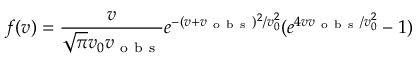
f ( v ) = \frac { v } { \sqrt { \pi } v _ { 0 } v _ { \mathrm { ~ o ~ b ~ s ~ } } } e ^ { - ( v + v _ { \mathrm { ~ o ~ b ~ s ~ } } ) ^ { 2 } / v _ { 0 } ^ { 2 } } ( e ^ { 4 v v _ { \mathrm { ~ o ~ b ~ s ~ } } / v _ { 0 } ^ { 2 } } - 1 )